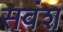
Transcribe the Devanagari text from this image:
सवंश